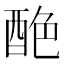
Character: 𨠶